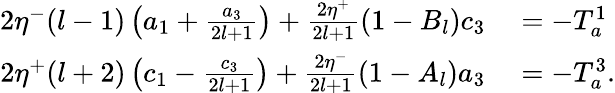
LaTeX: \begin{array}{rl}{2\eta^{-}(l-1)\left(a_{1}+\frac{a_{3}}{2l+1}\right)+\frac{2\eta^{+}}{2l+1}(1-B_{l})c_{3}}&{{}=-T_{a}^{1}}\\ {2\eta^{+}(l+2)\left(c_{1}-\frac{c_{3}}{2l+1}\right)+\frac{2\eta^{-}}{2l+1}(1-A_{l})a_{3}}&{{}=-T_{a}^{3}.}\end{array}